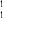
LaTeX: \mathbf { \Pi } _ { 1 } ^ { 1 }